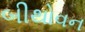
બીથોવન